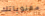
معنوياتك